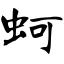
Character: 蚵